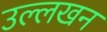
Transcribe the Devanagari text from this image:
उल्लखन